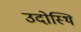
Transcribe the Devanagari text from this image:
उदोस्थि